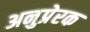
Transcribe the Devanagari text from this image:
अनुप्रेरक